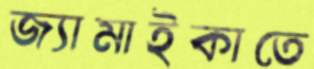
জ্যামাইকাতে